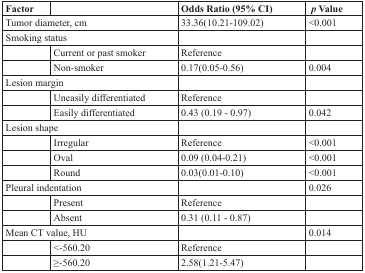
<table><thead><tr><td><b>Factor</b></td><td></td><td><b>Odds Ratio (95% CI)</b></td><td><b><i>p</i> Value</b></td></tr></thead><tbody><tr><td colspan="2">Tumor diameter, cm</td><td>33.36(10.21-109.02)</td><td>&lt;0.001</td></tr><tr><td colspan="2">Smoking status</td><td></td><td></td></tr><tr><td></td><td>Current or past smoker</td><td>Reference</td><td></td></tr><tr><td></td><td>Non-smoker</td><td>0.17(0.05-0.56)</td><td>0.004</td></tr><tr><td colspan="2">Lesion margin</td><td></td><td></td></tr><tr><td></td><td>Uneasily differentiated</td><td>Reference</td><td></td></tr><tr><td></td><td>Easily differentiated</td><td>0.43 (0.19 - 0.97)</td><td>0.042</td></tr><tr><td colspan="2">Lesion shape</td><td></td><td></td></tr><tr><td></td><td>Irregular</td><td>Reference</td><td>&lt;0.001</td></tr><tr><td></td><td>Oval</td><td>0.09 (0.04-0.21)</td><td>&lt;0.001</td></tr><tr><td></td><td>Round</td><td>0.03(0.01-0.10)</td><td>&lt;0.001</td></tr><tr><td colspan="2">Pleural indentation</td><td></td><td>0.026</td></tr><tr><td></td><td>Present</td><td>Reference</td><td></td></tr><tr><td></td><td>Absent</td><td>0.31 (0.11 - 0.87)</td><td></td></tr><tr><td colspan="2">Mean CT value, HU</td><td></td><td>0.014</td></tr><tr><td></td><td>&lt;-560.20</td><td>Reference</td><td></td></tr><tr><td></td><td>≥-560.20</td><td>2.58(1.21-5.47)</td><td></td></tr></tbody></table>